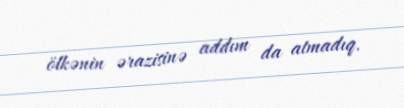
ölkənin ərazisinə addım da atmadıq.